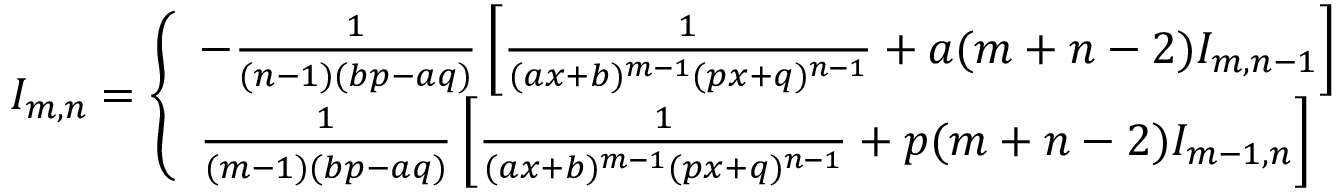
I _ { m , n } = { \left\{ \begin{array} { l l } { - { \frac { 1 } { ( n - 1 ) ( b p - a q ) } } \left[ { \frac { 1 } { ( a x + b ) ^ { m - 1 } ( p x + q ) ^ { n - 1 } } } + a ( m + n - 2 ) I _ { m , n - 1 } \right] } \\ { { \frac { 1 } { ( m - 1 ) ( b p - a q ) } } \left[ { \frac { 1 } { ( a x + b ) ^ { m - 1 } ( p x + q ) ^ { n - 1 } } } + p ( m + n - 2 ) I _ { m - 1 , n } \right] } \end{array} \right. } \,